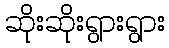
ဆိုးဆိုးရွားရွား